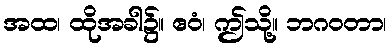
အထ၊ ထိုအခါ၌။ ဧဝံ၊ ဤသို့။ ဘဂဝတာ၊